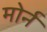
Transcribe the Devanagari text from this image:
मोर्न